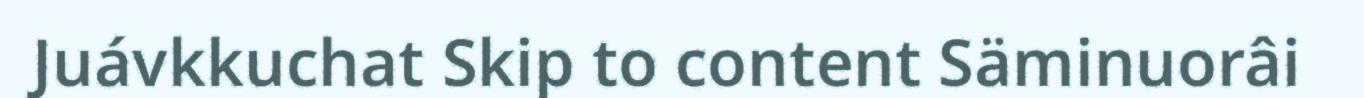
Juávkkuchat Skip to content Säminuorâi